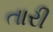
તારી